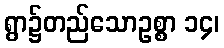
ရွာ၌တည်သောဥစ္စာ ၁၄၊